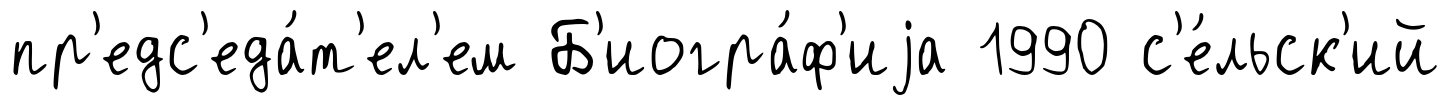
пр'едс'еда́т'ел'ем Б'иогра́ф'иjа 1990 с'е́льск'ий